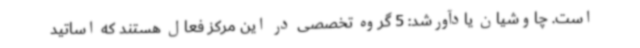
است. چاوشیان یادآورشد: 5 گروه تخصصی در این مرکز فعال هستند که اساتید